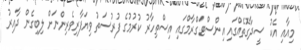
މިއާއި އެކު ސީދާގޮތެއްގައި އިންސްޓަގްރާމްގައި އިސްތިހާރު ކުރުމުގެ ފުރުސަތު ވިޔަފާރިވެރިންނަށް ލިބިގެން ދާއިރު